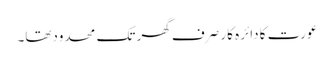
عورت کا دائرہ کار صرف گھر تک محدودتھا۔